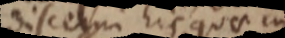
discerni hic quae in